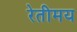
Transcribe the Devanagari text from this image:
रेतीमय